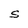
Character: S